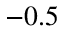
- 0 . 5